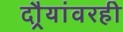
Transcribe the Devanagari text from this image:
दौर्‍यांवरही